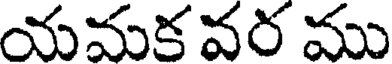
యమక వర ము